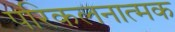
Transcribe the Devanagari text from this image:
परिकलनात्मक